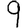
Digit: 9